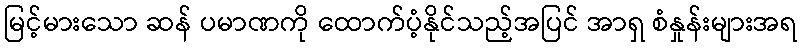
မြင့်မားသော ဆန် ပမာဏကို ထောက်ပံ့နိုင်သည့်အပြင် အာရှ စံနှုန်းများအရ